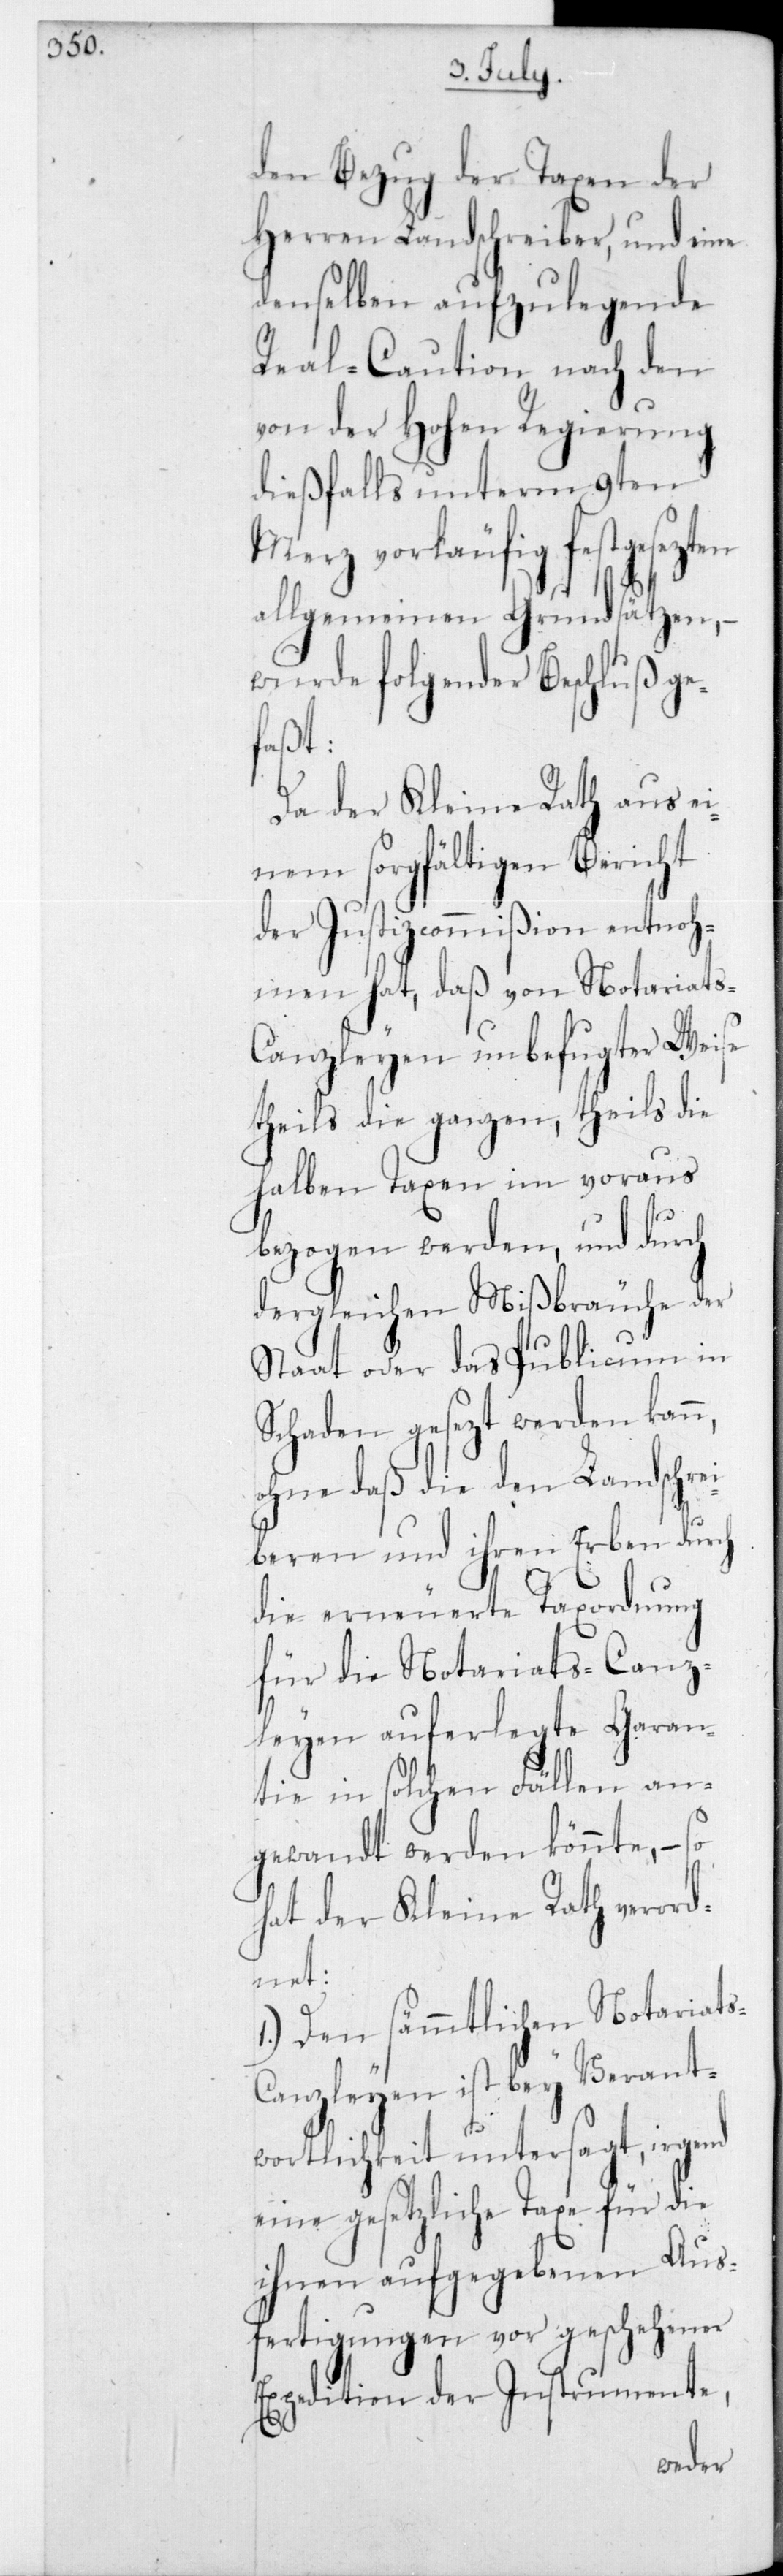
den Bezug der Taxen der
Herren Landschreiber, und eine
denselben aufzulegende
Real-Caution nach den
von der Hohen Regierung
dießfalls unterm 9ten
Merz vorläufig festgesezten
allgemeinen Grundsätzen, –
wurde folgender Beschluß ge¬
s-C¬
Da der Kleine Rath aus ei¬
nem sorgfältigen Bericht
des Justizcommißion entnoh¬
men hat, daß von Notariats-C¬
anzleyen unbefugter Weise
theils die ganzen, theils die
halben Taxen im voraus
bezogen werden, und durch
dergleichen Mißbräuche der
Staat oder das Publicum in
Schaden gesezt werden kan¬
ohne daß die den Landschrei¬
beren und ihren Erben durch
die erneurete Taxordnung
für die Notariats-Canz¬
leyen auferlegte Garan¬
tie in solchen Fällen an¬
gewandt werden könnte, – so
hat der Kleine Rath verord¬
net:
1.) Den sämmtlichen Notariat¬
anzleyen ist bey Verant¬
wortlichkeit untersagt, irgend
eine gesetzliche Taxe für die
ihnen aufgegebenen Aus¬
fertigungen vor geschehener
Expedtion der Instrumente,